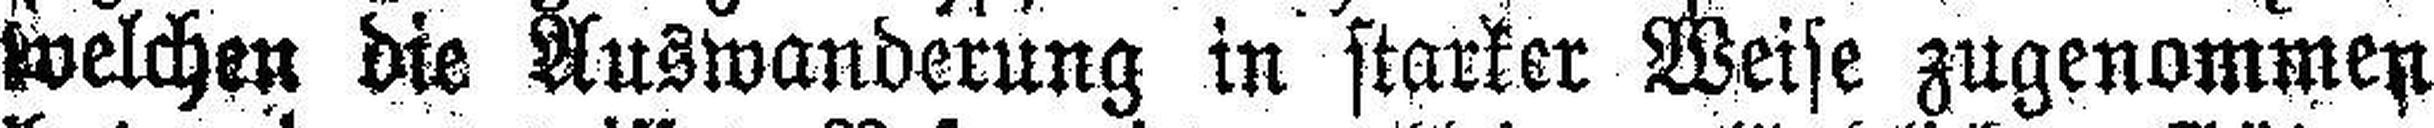
welchen die Auswanderung in starker Weise zugenommen